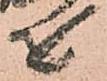
を